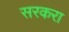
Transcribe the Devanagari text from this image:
सरकरा